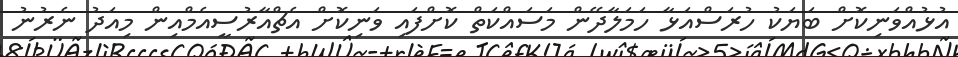
އުޅުއްވަނިކޮށް ބަޔަކު ހުރަސްއަޅާ ހަމަލާދޭން މަސައްކަތް ކޮށްފައި ވަނިކޮށް އެޗްއާރުސީއެމްއިން މިއަދު ނެރުނު